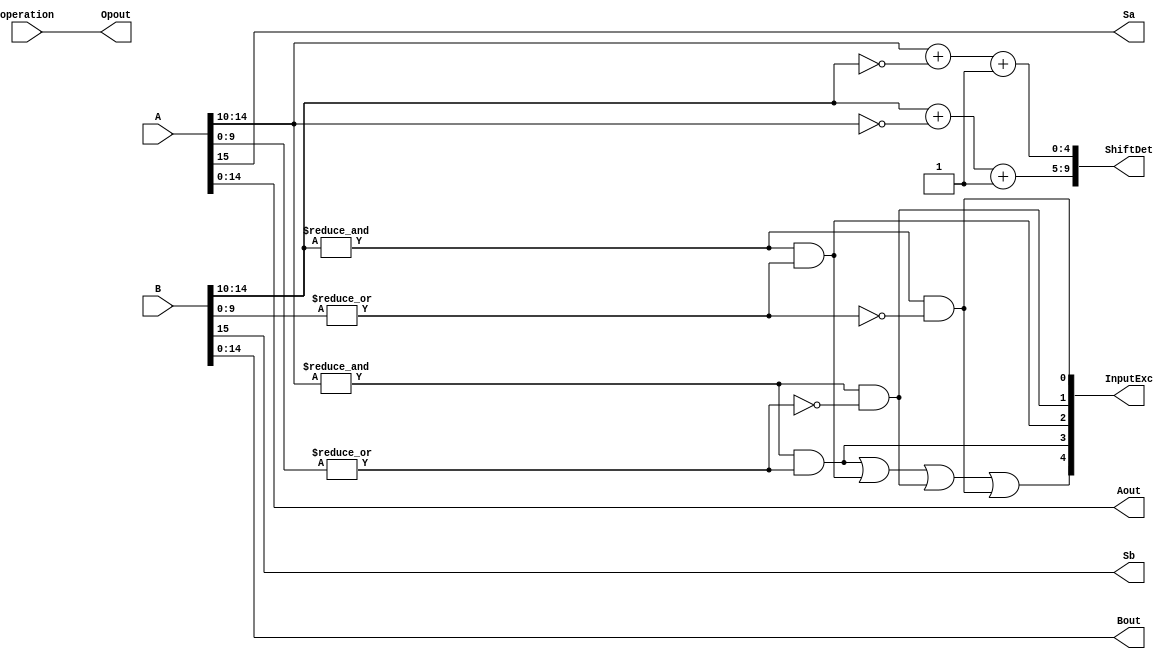
`define SIMULATION_MEMORY
//`define SIMULATION_addfp
`define VECTOR_DEPTH 64 //Q,K,V vector size
`define DATA_WIDTH 16
`define VECTOR_BITS 1024 // 16 bit each (16x64)
`define NUM_WORDS 32   //num of words in the sentence
`define BUF_AWIDTH 4 //16 entries in each buffer ram
`define BUF_LOC_SIZE 4 //4 words in each addr location
`define OUT_RAM_DEPTH 512 //512 entries in output bram
`define EXPONENT 8
`define MANTISSA 7
`define EXPONENT 5
`define MANTISSA 10
`define SIGN 1
`define DWIDTH (`SIGN+`EXPONENT+`MANTISSA)
`define DEFINES_DONE
`define DATAWIDTH (`SIGN+`EXPONENT+`MANTISSA)
`define IEEE_COMPLIANCE 1
`define NUM 4
`define ADDRSIZE 4

module FPAddSub_PrealignModule(
		A,
		B,
		operation,
		Sa,
		Sb,
		ShiftDet,
		InputExc,
		Aout,
		Bout,
		Opout
	);
	
	// Input ports
	input [`DWIDTH-1:0] A ;										// Input A, a 32-bit floating point number
	input [`DWIDTH-1:0] B ;										// Input B, a 32-bit floating point number
	input operation ;
	
	// Output ports
	output Sa ;												// A's sign
	output Sb ;												// B's sign
	output [2*`EXPONENT-1:0] ShiftDet ;
	output [4:0] InputExc ;								// Input numbers are exceptions
	output [`DWIDTH-2:0] Aout ;
	output [`DWIDTH-2:0] Bout ;
	output Opout ;
	
	// Internal signals									// If signal is high...
	wire ANaN ;												// A is a NaN (Not-a-Number)
	wire BNaN ;												// B is a NaN
	wire AInf ;												// A is infinity
	wire BInf ;												// B is infinity
	wire [`EXPONENT-1:0] DAB ;										// ExpA - ExpB					
	wire [`EXPONENT-1:0] DBA ;										// ExpB - ExpA	
	
	assign ANaN = &(A[`DWIDTH-2:`DWIDTH-1-`EXPONENT]) & |(A[`MANTISSA-1:0]) ;		// All one exponent and not all zero mantissa - NaN
	assign BNaN = &(B[`DWIDTH-2:`DWIDTH-1-`EXPONENT]) & |(B[`MANTISSA-1:0]);		// All one exponent and not all zero mantissa - NaN
	assign AInf = &(A[`DWIDTH-2:`DWIDTH-1-`EXPONENT]) & ~|(A[`MANTISSA-1:0]) ;	// All one exponent and all zero mantissa - Infinity
	assign BInf = &(B[`DWIDTH-2:`DWIDTH-1-`EXPONENT]) & ~|(B[`MANTISSA-1:0]) ;	// All one exponent and all zero mantissa - Infinity
	
	// Put all flags into exception vector
	assign InputExc = {(ANaN | BNaN | AInf | BInf), ANaN, BNaN, AInf, BInf} ;
	
	//assign DAB = (A[30:23] - B[30:23]) ;
	//assign DBA = (B[30:23] - A[30:23]) ;
	assign DAB = (A[`DWIDTH-2:`MANTISSA] + ~(B[`DWIDTH-2:`MANTISSA]) + 1) ;
	assign DBA = (B[`DWIDTH-2:`MANTISSA] + ~(A[`DWIDTH-2:`MANTISSA]) + 1) ;
	
	assign Sa = A[`DWIDTH-1] ;									// A's sign bit
	assign Sb = B[`DWIDTH-1] ;									// B's sign	bit
	assign ShiftDet = {DBA[`EXPONENT-1:0], DAB[`EXPONENT-1:0]} ;		// Shift data
	assign Opout = operation ;
	assign Aout = A[`DWIDTH-2:0] ;
	assign Bout = B[`DWIDTH-2:0] ;
	
endmodule